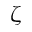
\zeta